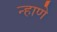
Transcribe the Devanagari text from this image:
न्हाणे